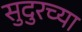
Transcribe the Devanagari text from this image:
सुदुरच्या